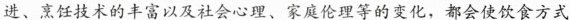
进、烹饪技术的丰富以及社会心理、家庭伦理等的变化，都会使饮食方式